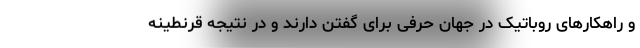
و راهکارهای روباتیک در جهان حرفی برای گفتن دارند و در نتیجه قرنطینه